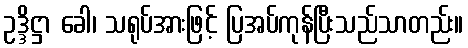
ဥဒ္ဒိဋ္ဌာ ခေါ၊ သရုပ်အားဖြင့် ပြအပ်ကုန်ပြီးသည်သာတည်း။